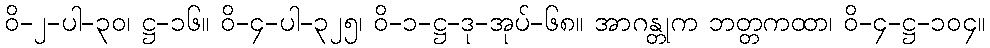
ဝိ-၂-ပါ-၃၀၊ ဋ္ဌ-၁၆။ ဝိ-၄-ပါ-၃၂၅၊ ဝိ-၁-ဋ္ဌ-ဒု-အုပ်-၆၈။ အာဂန္တုက ဘတ္တကထာ၊ ဝိ-၄-ဋ္ဌ-၁၀၄။